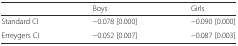
<table><thead><tr><td></td><td><b>Boys</b></td><td><b>Girls</b></td></tr></thead><tbody><tr><td>Standard CI</td><td>−0.078 [0.000]</td><td>−0.090 [0.000]</td></tr><tr><td>Erreygers CI</td><td>−0.052 [0.007]</td><td>−0.087 [0.003]</td></tr></tbody></table>